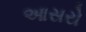
આસરો